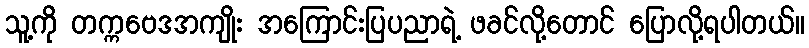
သူ့ကို တက္ကဗေဒအကျိုး အကြောင်းပြပညာရဲ့ ဖခင်လို့တောင် ပြောလို့ရပါတယ်။